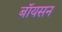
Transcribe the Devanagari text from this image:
बॉयसन